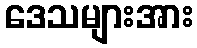
ဒေသများအား